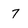
Character: 7